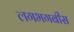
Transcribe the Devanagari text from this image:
लगभगबीस